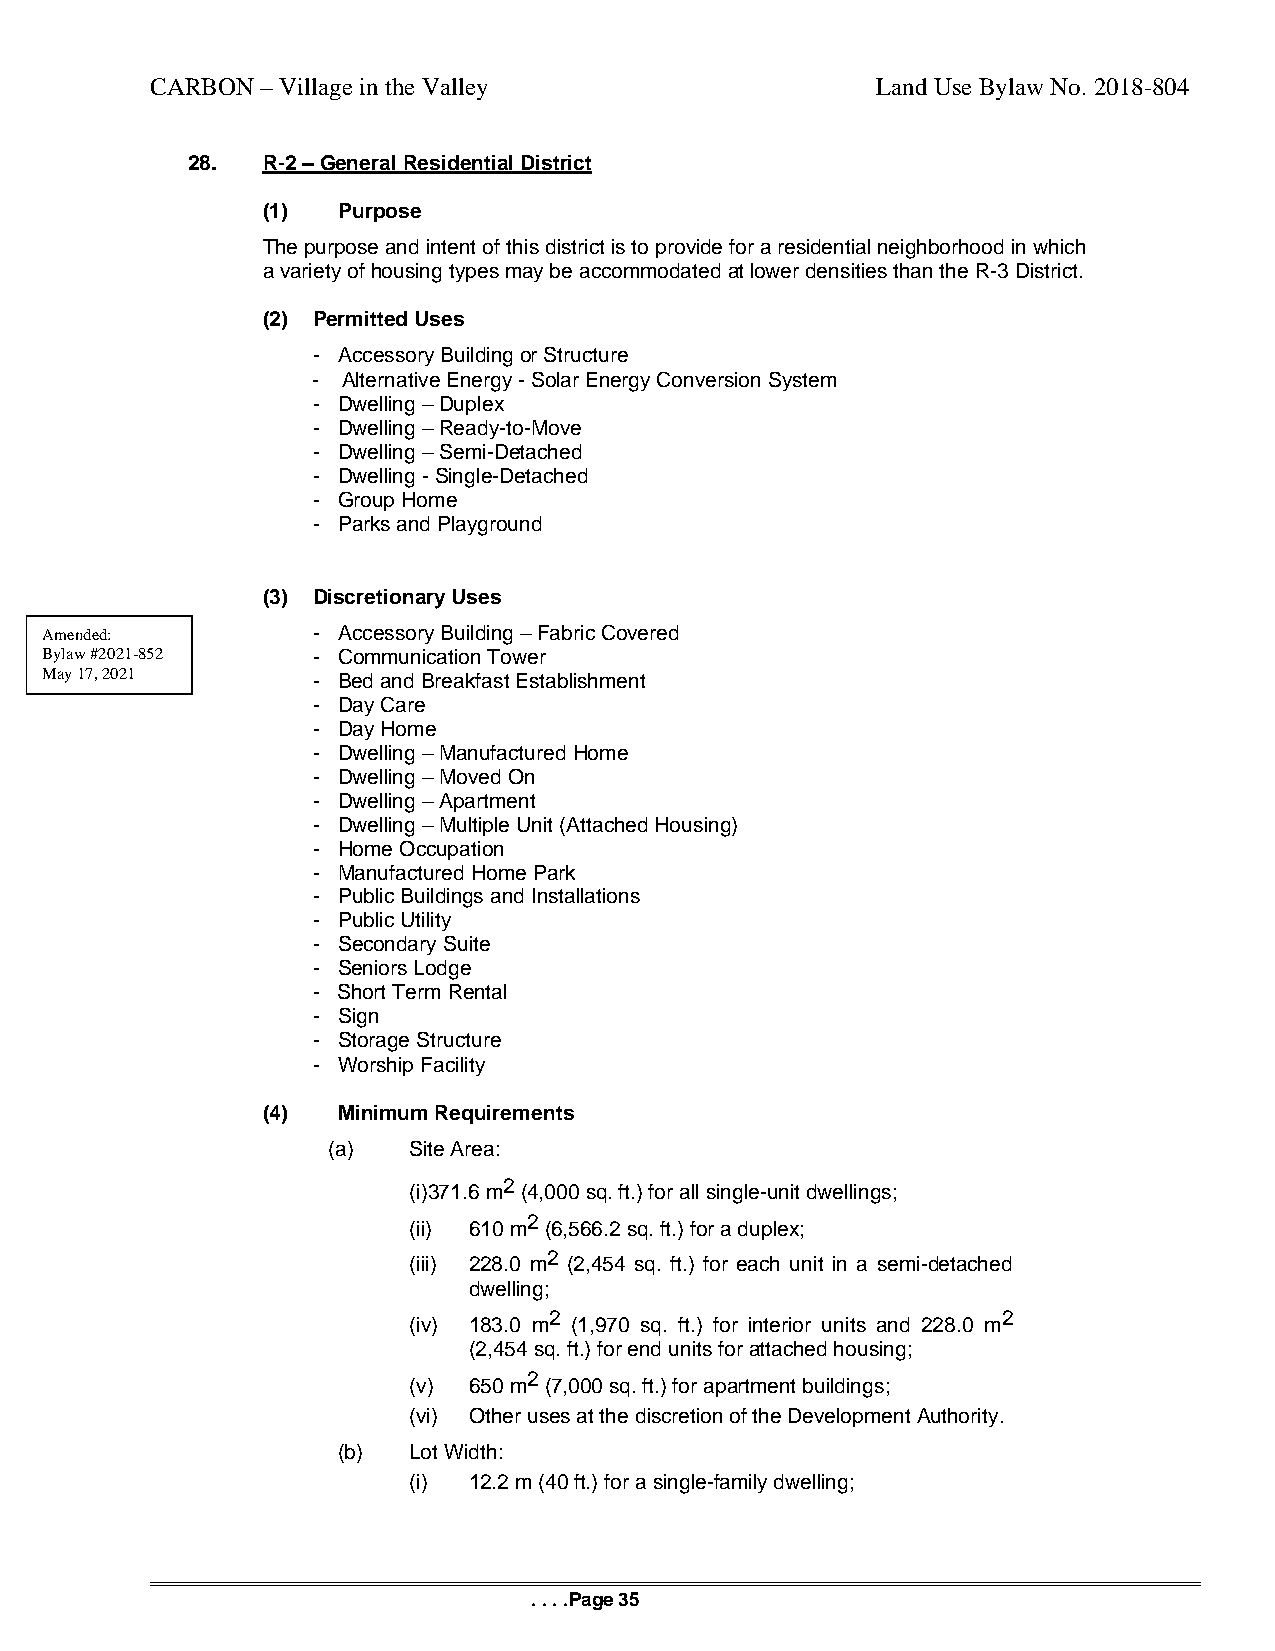
CARBON – Village in the Valley                  Land Use Bylaw No. 2018-804
 28.  R-2 – General Residential District
 (1)  Purpose
 The purpose and intent of this district is to provide for a residential neighborhood in which
 a variety of housing types may be accommodated at lower densities than the R-3 District.
 (2) Permitted Uses
 - Accessory Building or Structure
 - Alternative Energy - Solar Energy Conversion System
 - Dwelling – Duplex
 - Dwelling – Ready-to-Move
 - Dwelling – Semi-Detached
 - Dwelling - Single-Detached
 - Group Home
 - Parks and Playground
 (3) Discretionary Uses
 Amended:          - Accessory Building – Fabric Covered
 Bylaw #2021-852   - Communication Tower
 May 17, 2021      - Bed and Breakfast Establishment
 - Day Care
 - Day Home
 - Dwelling – Manufactured Home
 - Dwelling – Moved On
 - Dwelling – Apartment
 - Dwelling – Multiple Unit (Attached Housing)
 - Home Occupation
 - Manufactured Home Park
 - Public Buildings and Installations
 - Public Utility
 - Secondary Suite
 - Seniors Lodge
 - Short Term Rental
 - Sign
 - Storage Structure
 - Worship Facility
 (4)  Minimum Requirements
 (a)  Site Area:
 2
 (i)371.6 m (4,000 sq. ft.) for all single-unit dwellings;
 2
 (ii) 610 m (6,566.2 sq. ft.) for a duplex;
 2
 (iii) 228.0 m (2,454 sq. ft.) for each unit in a semi-detached
 dwelling;
 2                             2
 (iv) 183.0 m (1,970 sq. ft.) for interior units and 228.0 m
 (2,454 sq. ft.) for end units for attached housing;
 2
 (v) 650 m (7,000 sq. ft.) for apartment buildings;
 (vi) Other uses at the discretion of the Development Authority.
 (b)  Lot Width:
 (i) 12.2 m (40 ft.) for a single-family dwelling;
 . . . .Page 35